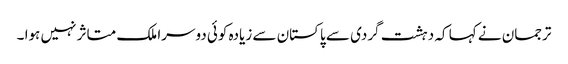
ترجمان نے کہا کہ دہشت گردی سے پاکستان سے زیادہ کوئی دوسرا ملک متاثر نہیں ہوا ۔